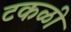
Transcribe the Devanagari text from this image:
टकळी